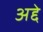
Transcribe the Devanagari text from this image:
अद्दे